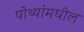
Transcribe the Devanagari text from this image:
पोथ्यांमधील